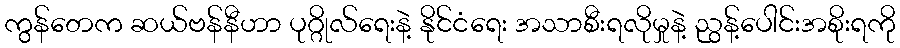
ကွန်တေက ဆယ်ဗန်နီဟာ ပုဂ္ဂိုလ်ရေးနဲ့ နိုင်ငံရေး အသာစီးရလိုမှုနဲ့ ညွန့်ပေါင်းအစိုးရကို